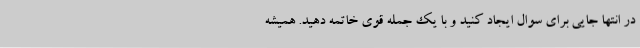
در انتها جایی برای سوال ایجاد کنید و با یک جمله قوی خاتمه دهید. همیشه